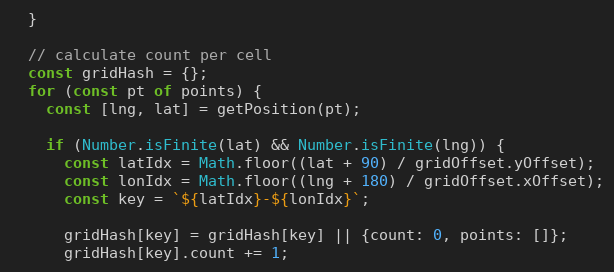
Language: JavaScript
  }

  // calculate count per cell
  const gridHash = {};
  for (const pt of points) {
    const [lng, lat] = getPosition(pt);

    if (Number.isFinite(lat) && Number.isFinite(lng)) {
      const latIdx = Math.floor((lat + 90) / gridOffset.yOffset);
      const lonIdx = Math.floor((lng + 180) / gridOffset.xOffset);
      const key = `${latIdx}-${lonIdx}`;

      gridHash[key] = gridHash[key] || {count: 0, points: []};
      gridHash[key].count += 1;